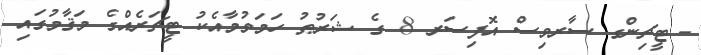
- ޓީޗިންގ ސާރވިސް އޮފިސަރ 8 ގެ ޝަރުޠު ހަމަވުމާއެކު ޓީޗަރެއްގެ މަޤާމުގައި